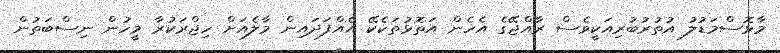
މާޅޮސްމަޑުލު އުތުރުބުރިއަކީވެސް ރާއްޖޭގެ އެހެން އަތޮޅުތަކެކޭ އެއްފަދައިން މާލެއަށް ހިޖްރަކުރާ މީހުން ނިސްބަތުން